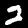
Digit: 2